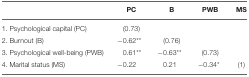
<table><thead><tr><td></td><td><b>PC</b></td><td><b>B</b></td><td><b>PWB</b></td><td><b>MS</b></td></tr></thead><tbody><tr><td>1. Psychological capital (PC)</td><td>(0.73)</td><td></td><td></td><td></td></tr><tr><td>2. Burnout (B)</td><td>−0.62<sup>**</sup></td><td>(0.76)</td><td></td><td></td></tr><tr><td>3. Psychological well-being (PWB)</td><td>0.61<sup>**</sup></td><td>−0.63<sup>**</sup></td><td>(0.73)</td><td></td></tr><tr><td>4. Marital status (MS)</td><td>−0.22</td><td>0.21</td><td>−0.34<sup>*</sup></td><td>(1)</td></tr></tbody></table>